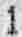
1